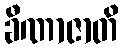
ခီဏာဇာတိ